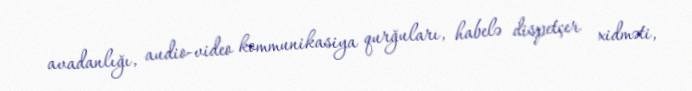
avadanlığı, audio-video kommunikasiya qurğuları, habelə dispetçer xidməti,